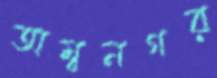
অম্বনগর